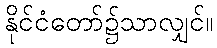
နိုင်ငံတော်၌သာလျှင်။